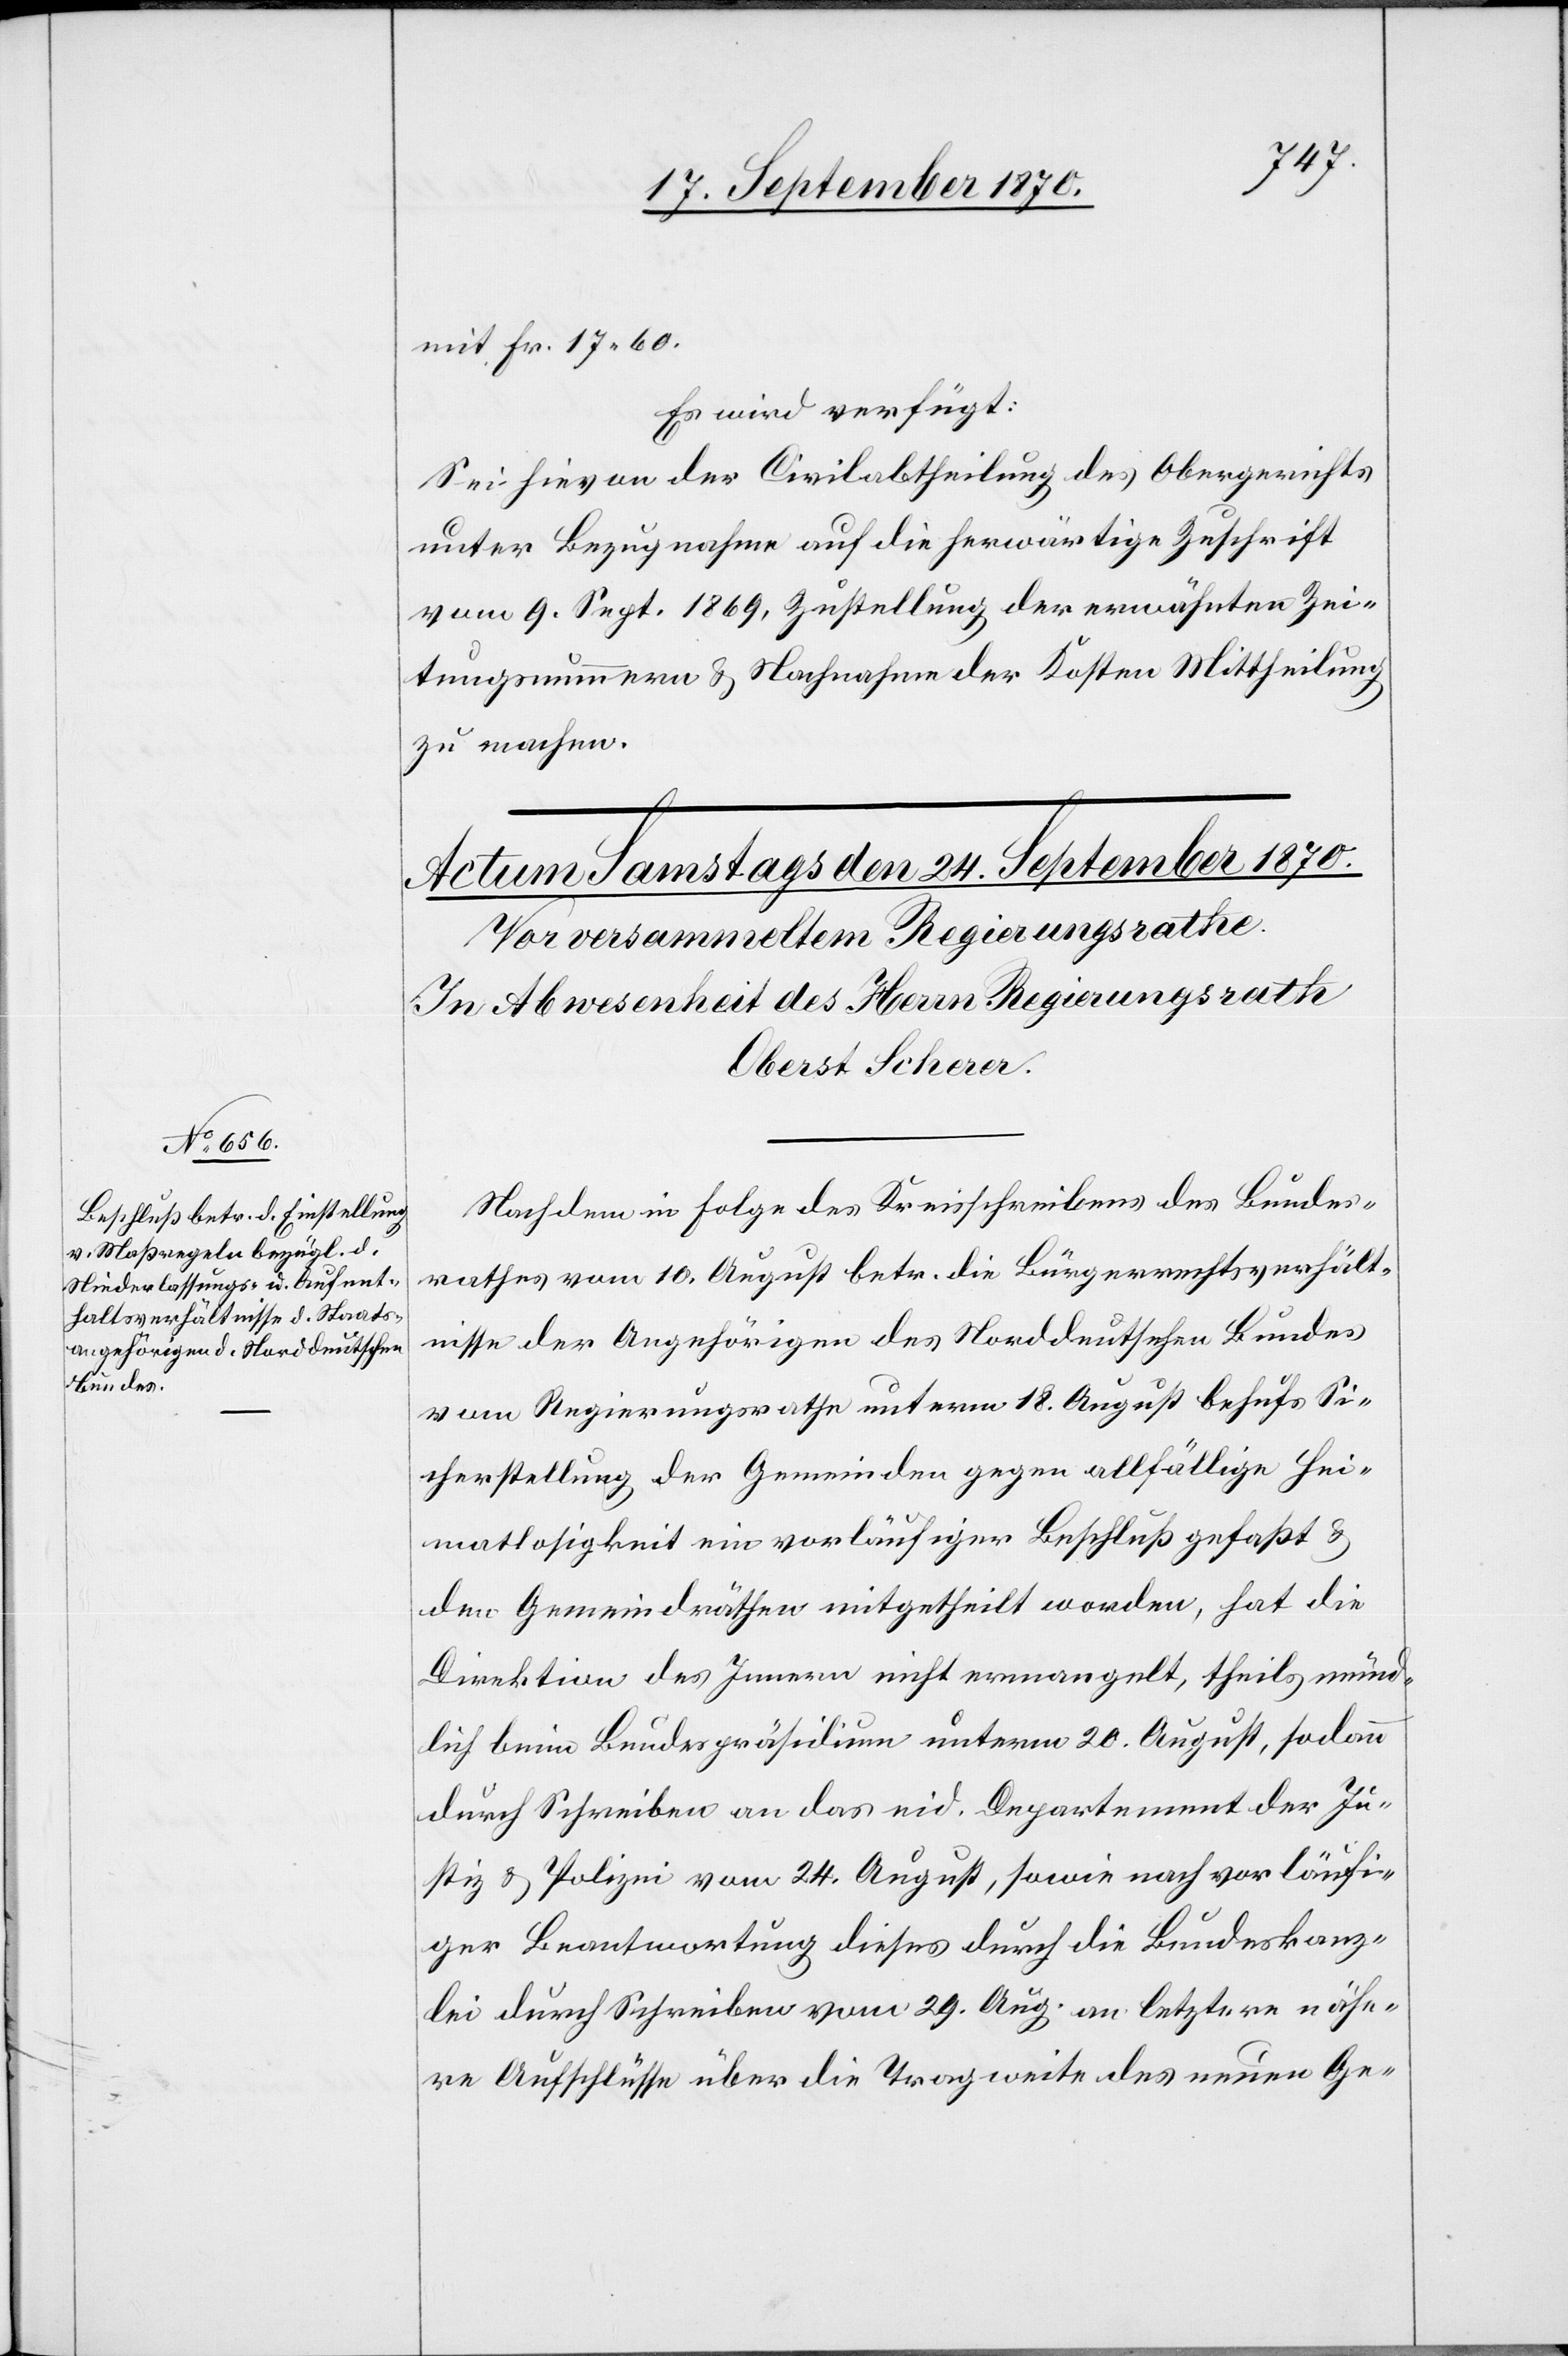
Nachdem in Folge des Kreisschreibens des Bundes¬
rathes vom 10. August betr. die Bürgerrechtsverhält¬
nisse der Angehörigen des Norddeutschen Bundes
vom Regierungsrathe unterm 18. August behufs Si¬
cherstellung der Gemeinden gegen allfällige Hei¬
matlosigkeit ein vorläufiger Beschluß gefaßt &
den Gemeindräthen mitgetheilt worden, hat die
Direktion des Innern nicht ermangelt, theils münd¬
lich beim Bundespräsidium unterm 20. August, sodann
durch Schreiben an das eid. Departement der Ju¬
stiz & Polizei vom 24. August, sowie nach vorläufi¬
ger Beantwortung dieses durch die Bundeskanz¬
lei durch Schreiben vom 29. Aug. an letztere nähe¬
re Aufschlüsse über die Tragweite des neuen Ge-